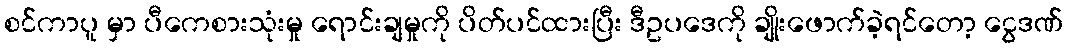
စင်ကာပူ မှာ ပီကေစားသုံးမှု ရောင်းချမှုကို ပိတ်ပင်ထားပြီး ဒီဥပဒေကို ချိုးဖောက်ခဲ့ရင်တော့ ငွေဒဏ်